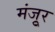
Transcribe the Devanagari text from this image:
मंजूुर